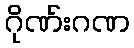
ဂိုဏ်းဂဏ